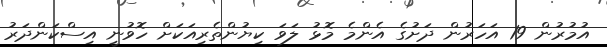
އުމުރުން 19 އަހަރުން ދަށުގެ އެންމެ މޮޅު ލަވަ ކިޔުންތެރިއަކަށް ހޮވުނީ އިސްކަންދަރު